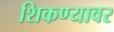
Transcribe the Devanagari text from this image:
शिकण्यावर